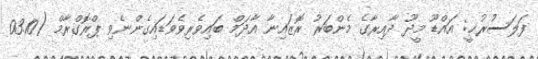
ފަލަސުރުޚީ: އައްޑޫ މީދޫ ދާއިރާގެ މެންބަރު ރޮޒައިނާ އާދަމް ބައިވެރިވެވަޑައިގެންނެވި ޕްރޮގްރާމް (03.10